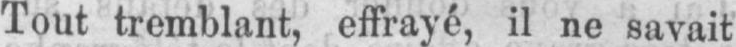
Tout tremblant, effrayé, il ne savait